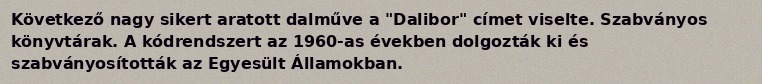
Következő nagy sikert aratott dalműve a "Dalibor" címet viselte. Szabványos könyvtárak. A kódrendszert az 1960-as években dolgozták ki és szabványosították az Egyesült Államokban.